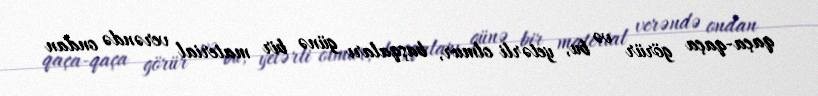
qaça-qaça görür və bu, yetərli olmur, başqaları günə bir material verəndə ondan